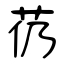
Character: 芿